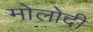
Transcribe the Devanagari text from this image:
मोलोदी